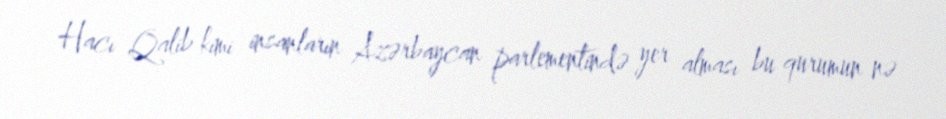
Hacı Qalib kimi insanların Azərbaycan parlementində yer alması bu qurumun nə